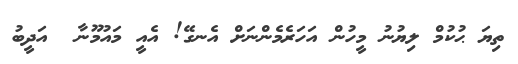
ތިޔަ ޙުކުމް ލިޔުނު މީހުން އަހަރެމެންނަށް އެނގޭ! އެއީ މައުމޫނާ  އަދީބު